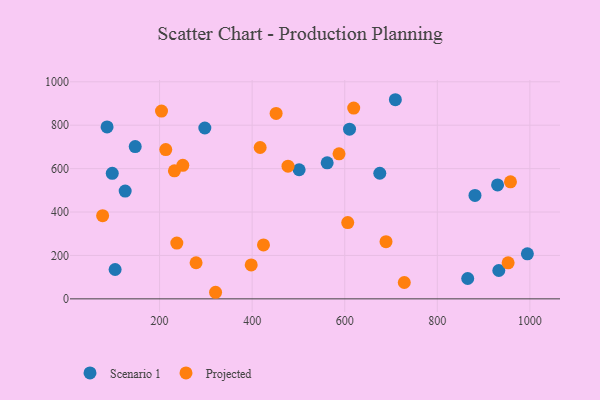
{"axis": {"x": "Price", "y": "Profit"}, "legend": ["Projected", "Scenario 1"], "data": [{"x": "610.4", "y": 781.7, "type": "Scenario 1"}, {"x": "675.8", "y": 578.6, "type": "Scenario 1"}, {"x": "125.7", "y": 496.4, "type": "Scenario 1"}, {"x": "297.8", "y": 787.2, "type": "Scenario 1"}, {"x": "881.4", "y": 476.4, "type": "Scenario 1"}, {"x": "104.0", "y": 135.2, "type": "Scenario 1"}, {"x": "709.4", "y": 917.4, "type": "Scenario 1"}, {"x": "147.4", "y": 701.5, "type": "Scenario 1"}, {"x": "930.2", "y": 525.1, "type": "Scenario 1"}, {"x": "865.7", "y": 93.7, "type": "Scenario 1"}, {"x": "994.6", "y": 207.3, "type": "Scenario 1"}, {"x": "86.6", "y": 792.1, "type": "Scenario 1"}, {"x": "97.8", "y": 578.5, "type": "Scenario 1"}, {"x": "932.9", "y": 130.7, "type": "Scenario 1"}, {"x": "501.5", "y": 594.8, "type": "Scenario 1"}, {"x": "562.1", "y": 626.7, "type": "Scenario 1"}, {"x": "232.1", "y": 589.7, "type": "Projected"}, {"x": "278.9", "y": 166.4, "type": "Projected"}, {"x": "728.7", "y": 75.3, "type": "Projected"}, {"x": "587.7", "y": 668.0, "type": "Projected"}, {"x": "417.3", "y": 697.4, "type": "Projected"}, {"x": "77.0", "y": 383.2, "type": "Projected"}, {"x": "398.0", "y": 156.2, "type": "Projected"}, {"x": "321.0", "y": 30.3, "type": "Projected"}, {"x": "606.5", "y": 351.2, "type": "Projected"}, {"x": "204.2", "y": 865.0, "type": "Projected"}, {"x": "451.8", "y": 854.3, "type": "Projected"}, {"x": "619.4", "y": 879.1, "type": "Projected"}, {"x": "958.1", "y": 539.3, "type": "Projected"}, {"x": "424.5", "y": 248.4, "type": "Projected"}, {"x": "250.2", "y": 615.0, "type": "Projected"}, {"x": "237.3", "y": 256.8, "type": "Projected"}, {"x": "213.4", "y": 687.9, "type": "Projected"}, {"x": "689.2", "y": 263.5, "type": "Projected"}, {"x": "477.5", "y": 611.1, "type": "Projected"}, {"x": "953.0", "y": 165.9, "type": "Projected"}]}